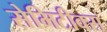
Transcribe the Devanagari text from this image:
सेमिटीक्स